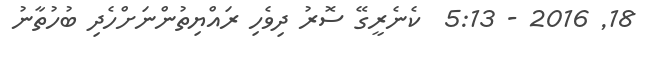
18